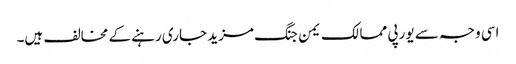
اسی وجہ سے یورپی ممالک یمن جنگ مزید جاری رہنے کے مخالف ہیں۔